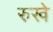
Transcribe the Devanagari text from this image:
रुखे